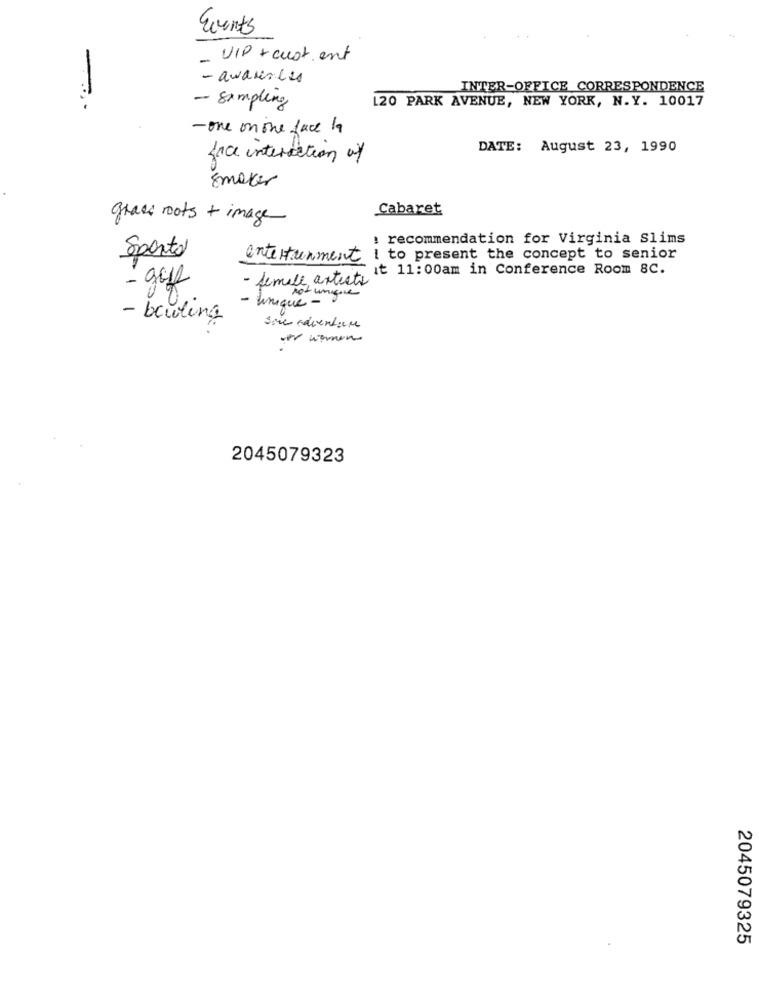
Events
UIP +cust ent
- awansles
INTER-OFFICE CORRESPONDENCE
- Sampling
120 PARK AVENUE, NEW YORK, N.Y. 10017
- one on one face la
DATE: August 23, 1990
face interaction of
Emaker
Cabaret
grass roots + image_
: recommendation for Virginia Slims
Sportal
entertainment I to present the concept to senior
it 11:00am in Conference Room 8C.
- gele
- female artists
- Lumique - 8
not unique
- bowling
some adventure
-- women
2045079323
2045079325